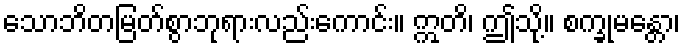
သောဘိတမြတ်စွာဘုရားလည်းကောင်း။ ဣတိ၊ ဤသို့။ စက္ခုမန္တော၊